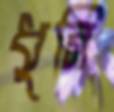
ধুনি